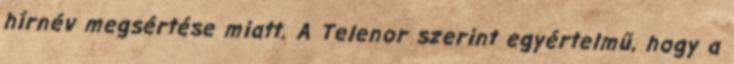
hírnév megsértése miatt. A Telenor szerint egyértelmű, hogy a